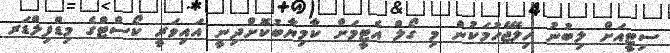
ސިޓީއަށް ލިބުނު ހިލޭޖެހުމަކުން މި ގޯލް އެޓީމަށް ކާމިޔާބުކޮށްދިނީ އައިވަރީ ކޯސްޓްގެ މިޑްފިލްޑަރ